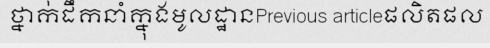
ថ្នាក់ដឹកនាំក្នុងមូលដ្ឋានPrevious articleផលិតផល